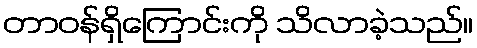
တာဝန်ရှိကြောင်းကို သိလာခဲ့သည်။